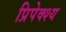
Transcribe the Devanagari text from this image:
प्रिपेक्श्य